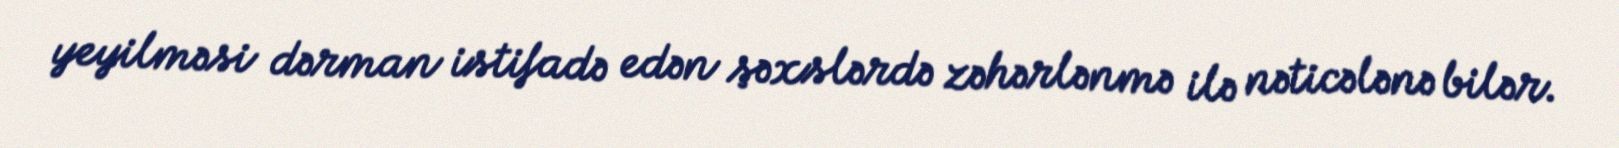
yeyilməsi dərman istifadə edən şəxslərdə zəhərlənmə ilə nəticələnə bilər.